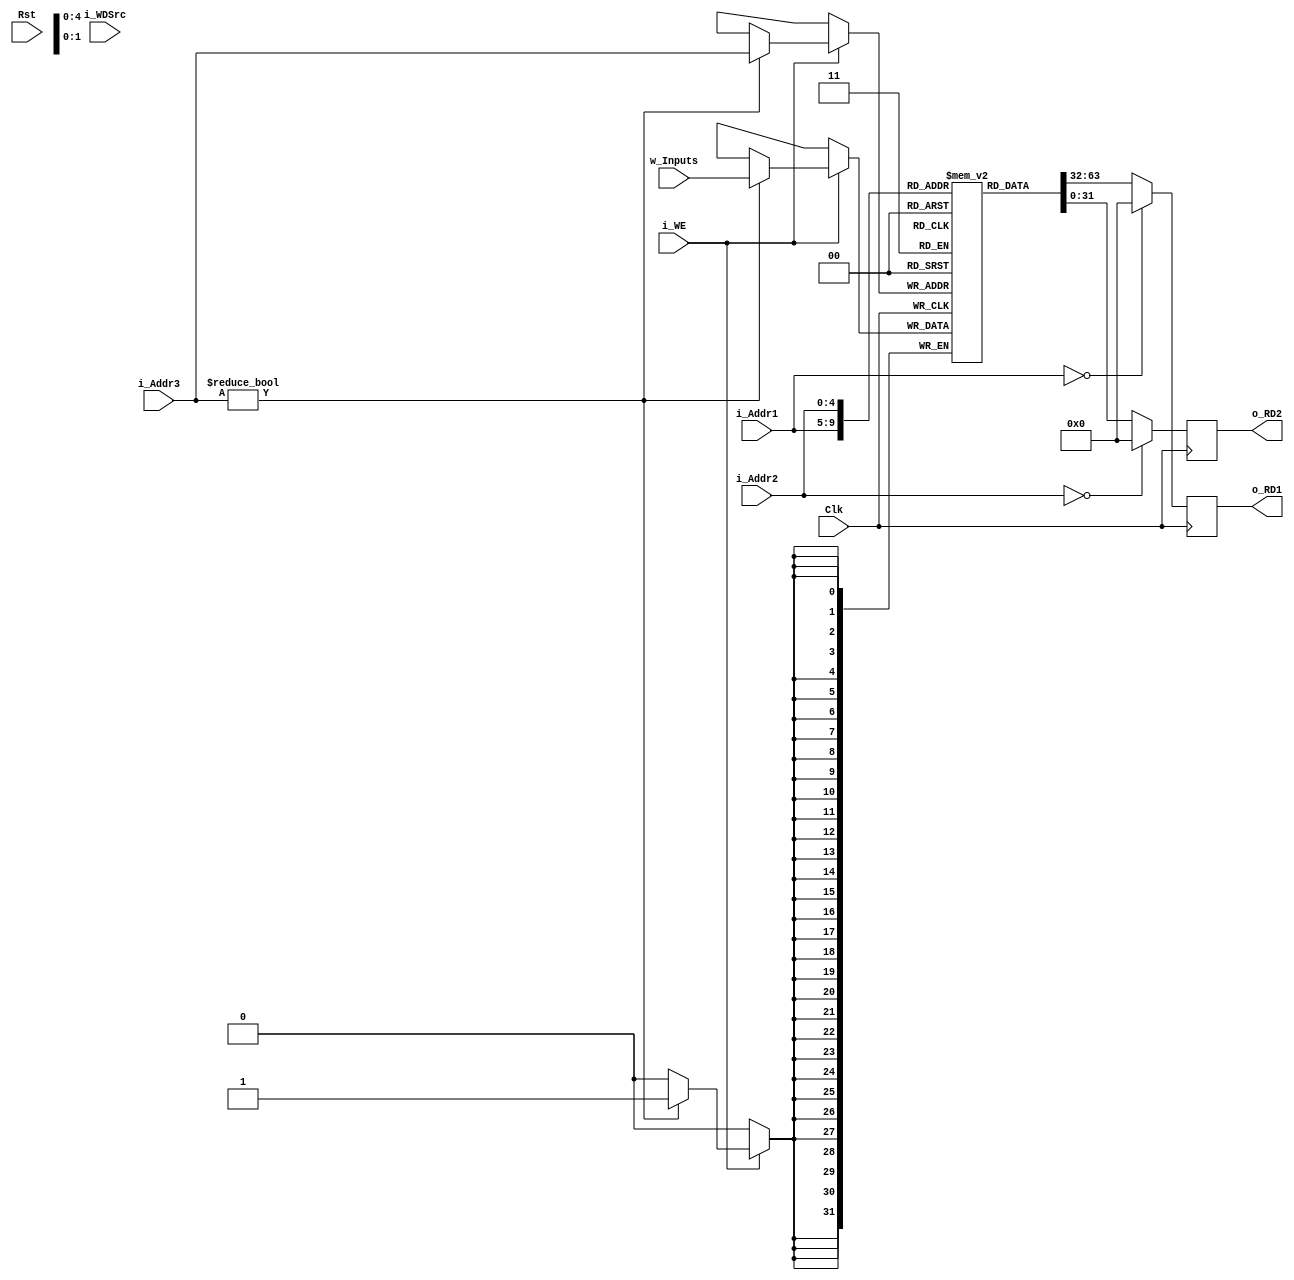
module RISCV_Regfile#(
    parameter REG_WIDTH = 32,
    parameter REG_DEPTH = 32
    )(
    input Clk,
    input Rst,

    input [$clog2(REG_WIDTH) - 1:0] i_Addr1,
    input [$clog2(REG_WIDTH) - 1:0] i_Addr2,
    input [$clog2(REG_WIDTH) - 1:0] i_Addr3,

    output [REG_WIDTH - 1:0] o_RD1,
    output [REG_WIDTH - 1:0] o_RD2,
    
    input i_WE,
    input [1:0] i_WDSrc,
    input [REG_WIDTH - 1:0] w_Inputs
    );
    reg [REG_WIDTH - 1:0] r_RD1;
    reg [REG_WIDTH - 1:0] r_RD2;
    assign o_RD1 = r_RD1;
    assign o_RD2 = r_RD2;

    //The registers, the first register is hard coded to 0
    reg [REG_WIDTH - 1:0] Registers[REG_DEPTH - 1:0];
 
   
    integer i;
    initial 
    begin
        for(i = 0; i < REG_DEPTH; i = i + 1)
        begin
            Registers[i] = i*10;
        end
    end

always @(posedge Clk) 
begin
         
r_RD1 <= (i_Addr1 == 32'b0)? 32'b0: Registers[i_Addr1];
r_RD2 <= (i_Addr2 == 32'b0)? 32'b0: Registers[i_Addr2];

if(i_WE)
begin
     if(i_Addr3 != 0)
        begin
          Registers[i_Addr3] <= w_Inputs; 
        end
end
end
endmodule